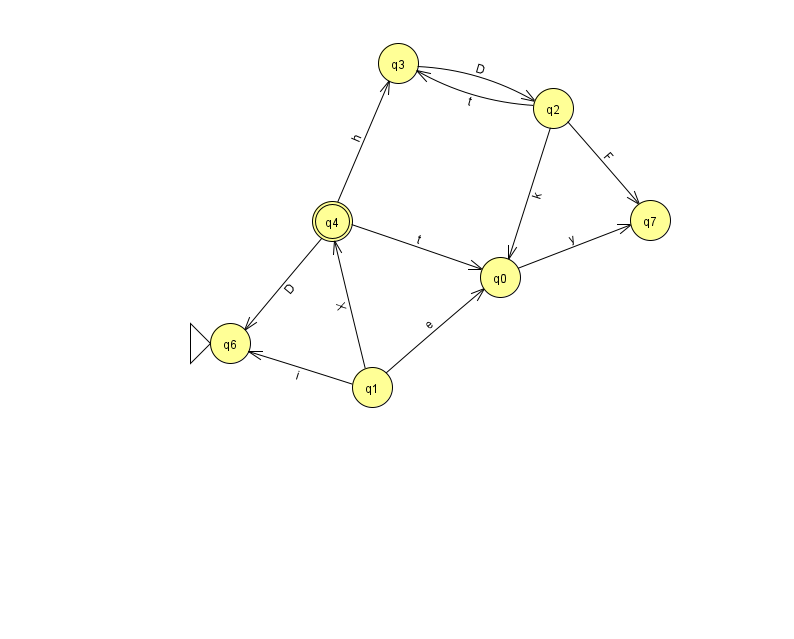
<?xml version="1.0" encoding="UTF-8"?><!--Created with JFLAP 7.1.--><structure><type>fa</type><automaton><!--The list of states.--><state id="0" name="q0"><x>500.0</x><y>264.0</y></state><state id="1" name="q1"><x>372.0</x><y>374.0</y></state><state id="2" name="q2"><x>553.0</x><y>95.0</y></state><state id="3" name="q3"><x>398.0</x><y>50.0</y></state><state id="4" name="q4"><x>332.0</x><y>208.0</y><final/></state><state id="6" name="q6"><x>230.0</x><y>330.0</y><initial/></state><state id="7" name="q7"><x>650.0</x><y>207.0</y></state><!--The list of transitions.--><transition><from>0</from><to>7</to><read>y</read></transition><transition><from>1</from><to>6</to><read>i</read></transition><transition><from>2</from><to>3</to><read>t</read></transition><transition><from>3</from><to>2</to><read>D</read></transition><transition><from>4</from><to>0</to><read>t</read></transition><transition><from>2</from><to>0</to><read>k</read></transition><transition><from>4</from><to>3</to><read>h</read></transition><transition><from>1</from><to>0</to><read>e</read></transition><transition><from>4</from><to>6</to><read>D</read></transition><transition><from>1</from><to>4</to><read>X</read></transition><transition><from>2</from><to>7</to><read>F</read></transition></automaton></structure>